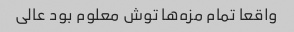
واقعا تمام مزه‌ها توش معلوم بود عالی